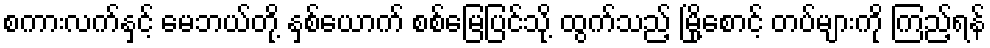
စကားလက်နှင့် မေဘယ်တို့ နှစ်ယောက် စစ်မြေပြင်သို့ ထွက်သည့် မြို့စောင့် တပ်များကို ကြည့်ရန်